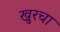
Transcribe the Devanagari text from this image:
खुरचा